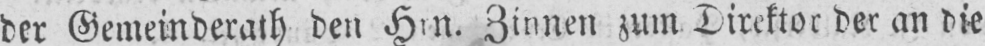
Zinnen zum Direktor der an die